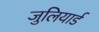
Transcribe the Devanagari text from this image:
जुलियार्ड